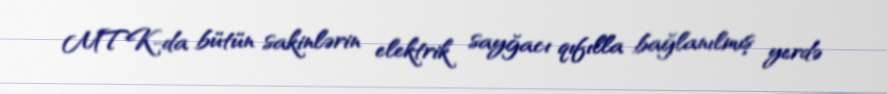
MTK-da bütün sakinlərin elektrik sayğacı qıfılla bağlanılmış yerdə